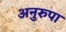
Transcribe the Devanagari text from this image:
अनुरुपा